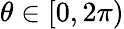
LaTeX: \theta\in[0,2\pi)